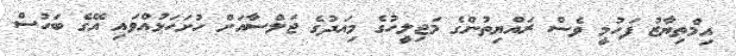
އިމްތިޔާޒު ފަހުމީ ވެސް ރައްޔިތުންގެ މަޖިލީހުގެ މިއަދުގެ ޖަލްސާއަށް ހުށަހަޅުއްވައި އޭގެ ބަހުސް